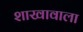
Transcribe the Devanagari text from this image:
शाखावाला